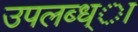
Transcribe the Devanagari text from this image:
उपलब्ध्ा